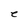
Character: e